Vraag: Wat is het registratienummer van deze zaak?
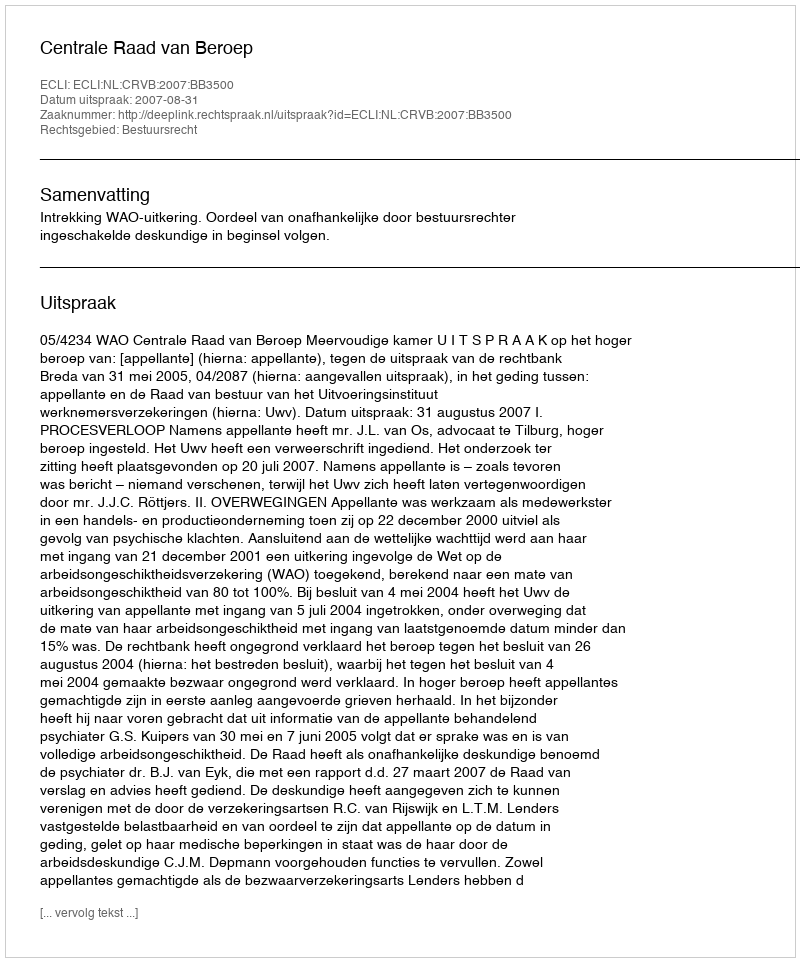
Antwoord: http://deeplink.rechtspraak.nl/uitspraak?id=ECLI:NL:CRVB:2007:BB3500